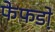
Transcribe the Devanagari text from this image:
फेफडो़